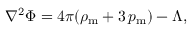
\begin{array} { r } { \nabla ^ { 2 } \Phi = 4 \pi ( \rho _ { \mathrm { m } } + 3 \, p _ { \mathrm { m } } ) - \Lambda , } \end{array}